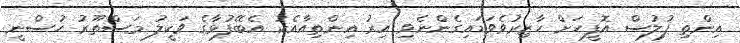
އިންތި ފުލުސް އޮފީހަށް ހާޒިރުވެވަޑައިގެންނެވި އިރު އިންތިއާއެކު އެބޭފުޅާގެ ވަކީލު މަސްތޫރު ހުސްނީ